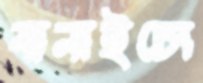
বানাইচো